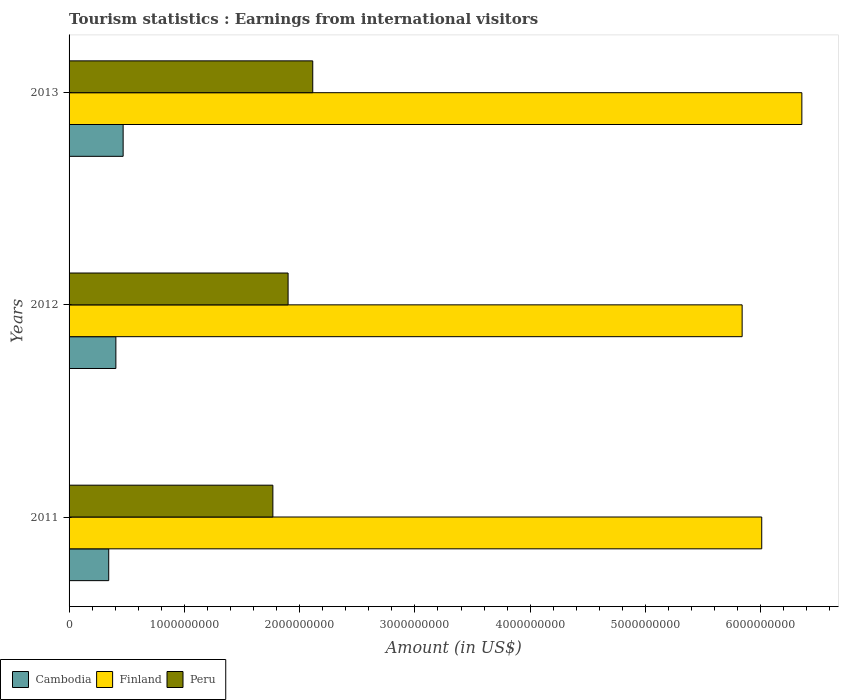
| Years | Cambodia | Finland | Peru |
 | --- | --- | --- | --- |
 | 2011 | 3.44e+08 | 6.01e+09 | 1.77e+09 |
 | 2012 | 4.06e+08 | 5.84e+09 | 1.9e+09 |
 | 2013 | 4.69e+08 | 6.36e+09 | 2.11e+09 |